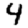
Digit: 4